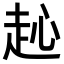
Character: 𧺨